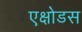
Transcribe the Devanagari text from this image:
एक्षोडस